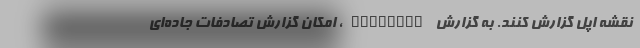
نقشه اپل گزارش کنند. به گزارش engadget، امکان گزارش تصادفات جاده‌ای